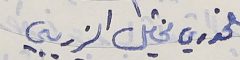
الخوري مخايل الزريبي